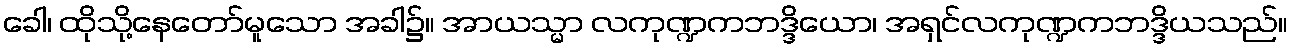
ခေါ၊ ထိုသို့နေတော်မူသော အခါ၌။ အာယသ္မာ လကုဏ္ဍကဘဒ္ဒိယော၊ အရှင်လကုဏ္ဍကဘဒ္ဒိယသည်။